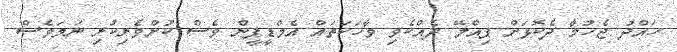
ހައްދު ޖެހުމާ ދެކޮޅަށް ޕިއްލޭ ދެއްކެވި ވާހަކަތައް އެމްޑީޕީން ވެސް ކުށްވެރިކުރި ނަމަވެސް